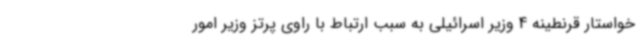
خواستار قرنطینه 4 وزیر اسرائیلی به سبب ارتباط با راوی پرتز وزیر امور